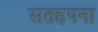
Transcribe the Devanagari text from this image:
सतहपना